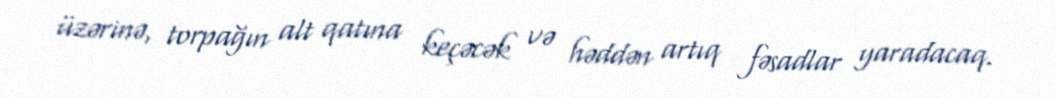
üzərinə, torpağın alt qatına keçəcək və həddən artıq fəsadlar yaradacaq.